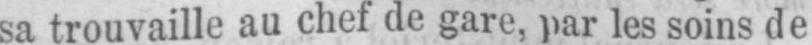
sa trouvaille au chef de gare, par les soins de